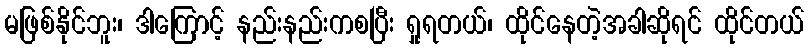
မဖြစ်နိုင်ဘူး၊ ဒါကြောင့် နည်းနည်းကစပြီး ရှုရတယ်၊ ထိုင်နေတဲ့အခါဆိုရင် ထိုင်တယ်